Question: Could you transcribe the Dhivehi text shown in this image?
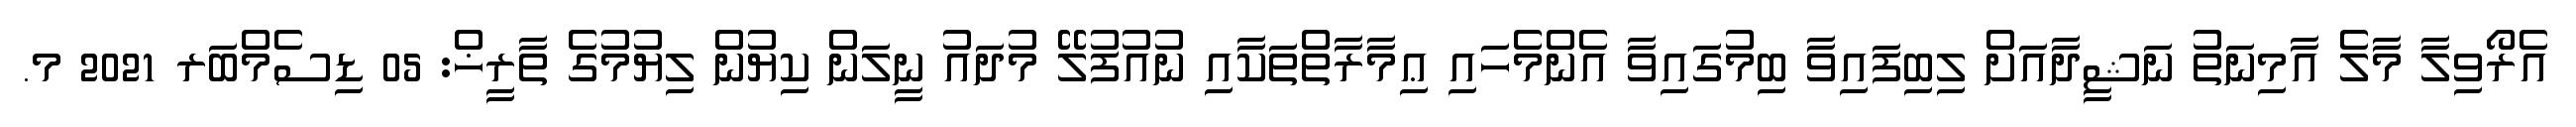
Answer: އެރޯވިލާ މާލެ އާމިނަތު ނަޝީދާއަށް ލިބިފައިވާ ބިމުގައިވާ އެންމެހައި ޢިމާރާތްތަކާއި ނުއުފުލޭ މުދައު ނީލަން ކިޔުން ލިޔުމުގެ ތާރީޚް: 05 ޑިސެމްބަރ 2021 މ.